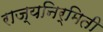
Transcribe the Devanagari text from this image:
राज्यनिर्मिती